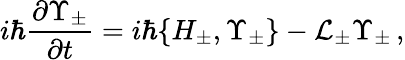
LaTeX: i\hbar\frac{\partial\Upsilon_{\pm}}{\partial t}=i\hbar\{ H_{\pm},\Upsilon_{\pm}\} -\mathcal{L}_{\pm}\Upsilon_{\pm}\, ,